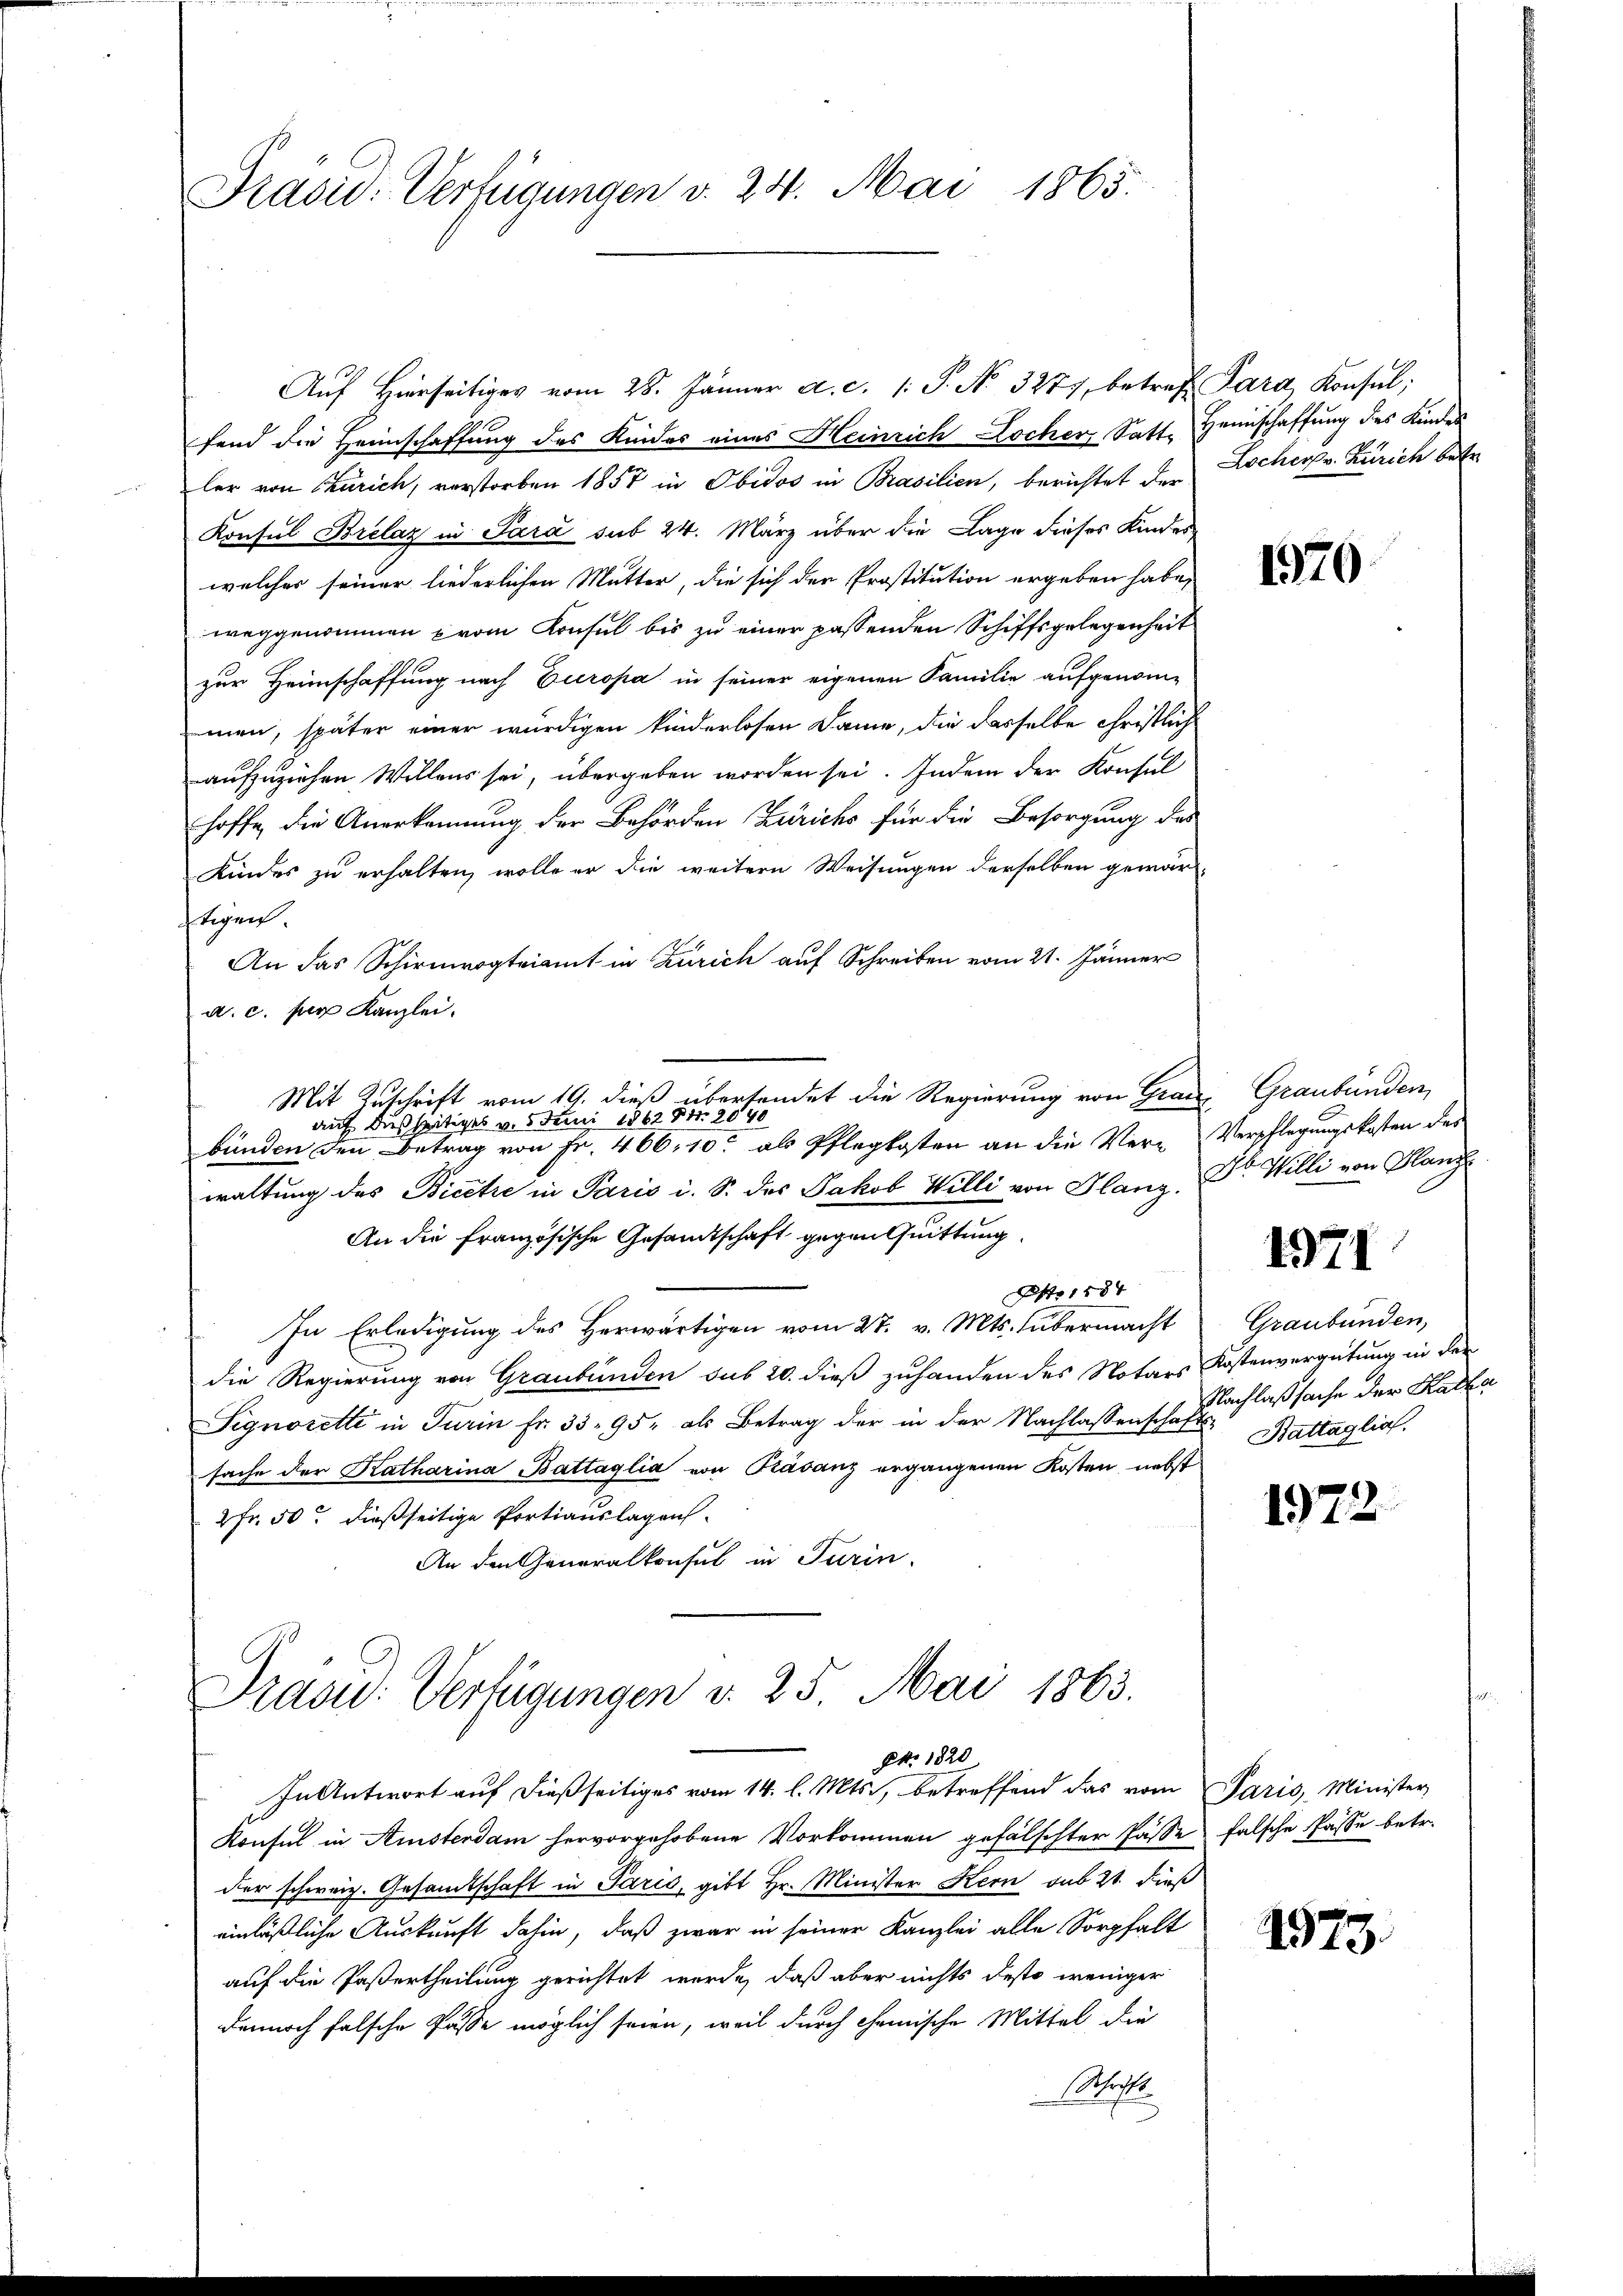
Prasid: Verfügungen v. 24. Mai 1865.

Auf Hierseitiges vom 28. Jänner a. c. 1 S. No. 3277, betref Para Konsul,
fend die Heimschaffung des Kinder eines Heinrich Locher, Satt. Heimschaffung des Kindes
ler von Zürich, verstorben 1857 in Obidos in Brasilien, berichtet der Locher v. Zürich betr.
Konsul Brelaz in Sara sub 24. März über die Lage dieses Kindes-
welches seiner liederlichen Mutter, die sich der Prostitution ergeben habe,
weggenommen prom Konsul bis zu einer passenden Schiffsgelegenheit
zur Heimschaffung nach Europa in seiner eigenen Familie aufgenom-
men, später einer würdigen kinderlosen Dame, die dasselbe Christlich
aufzuziehen Willens sei, übergeben worden sei. Indem der Konsul
hoffe, die Anerkennung der Behörden Zürichs für die Besorgung des
Kindes zu erhalten, wolle er die weitere Weisungen derselben gewärtigen.
An das Schirmvogteiamt in Zürich auf Schreiben vom 21. Jänner
a. c. per Kanzlei.
Mit Zuschrift vom 19. dieß übersendet die Regierung von Grau
auf dießseitiges v. 5. Juni 1862 Nr. 2090
bünden den Betrag von Fr. 466, 10. als Pflegkosten an die Ver-Verpflegŭngskosten des
waltung des Bicere in Paris i. S. das Jakob Willi von Glanz, Dr. Willi von Hand
An die französische Gesandtschaft gegen Quittung.
Ao 1884
In Erledigung des Herwärtigen vom 27. v. Mts. übermacht
die Regierung von Graubünden sub 20. dieß zuhanden des Notars Kostenvergütung in der
Signorette in Turin Fr. 33. 95. als Betrag der in der Nachlassensche Nachlaßsache der Katha
sache der Katharina Battaglia von Prasanz ergangenen Kosten, nebst
2 Fr. 50 dießseitige Portiauslagen
An den Generalkonsul in Turin

In Antwort auf dießseitiges vom 14. l. Mts., betreffend das vom Paris, Minister
Konsul in Amisterdam hervorgehobene Vorkommen gefälschter Pässe falsche Pässe betr.
der schweiz. Gesamtschaft in Paris, gibt Hr. Minister Kern sub 21. dieß
einläßliche Auskunft dahin, daß zwar in seiner Kanzlei alle Sorgfalt
auf die Pastertheilung gerichtet werde, daß aber nichts desto weniger
denurch falsche Pässe möglich seien, weil durch chemische Mittel die
Schrift

Präsid.: Verfügungen v. 25. Mai 1863.
pr. 1820

1370

Graubünden,

1971

Graubünden,
Battaglia.

1972

1973